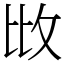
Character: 𢻹